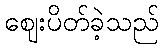
ဈေးပိတ်ခဲ့သည်